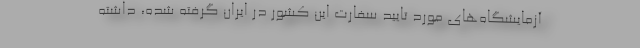
آزمایشگاه‌های مورد تایید سفارت این کشور در ایران گرفته شده، داشته